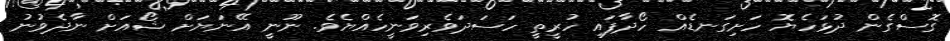
ގޮސްގެން ދުޅަހެޔޮ ހަށިގަނޑެއް ހޯދާފައި ހުރީތީ ހަސަދަވެރިވަނީހެއްޔެވެ. ނޫނީ އޭނަޔަށް ޝޯއަށް ނާދެވުނު